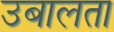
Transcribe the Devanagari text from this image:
उबालता